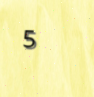
5